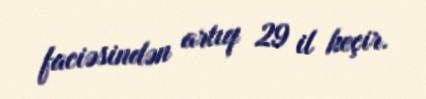
faciəsindən artıq 29 il keçir.